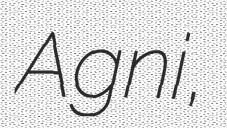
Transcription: Agni,